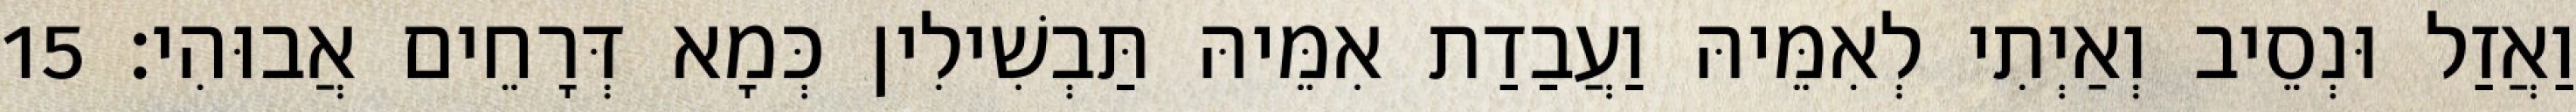
וַאֲזַל וּנְסֵיב וְאַיְתִי לְאִמֵּיהּ וַעֲבַדַת אִמֵּיהּ תַּבְשִׁילִין כְּמָא דְּרָחֵים אֲבוּהִי׃ 15